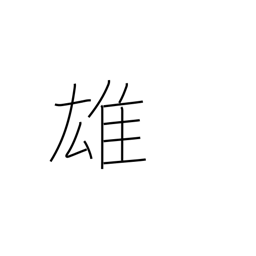
Meaning: superiority